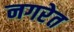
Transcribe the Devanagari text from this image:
नगरेत